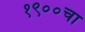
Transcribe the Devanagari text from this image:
१९००चा